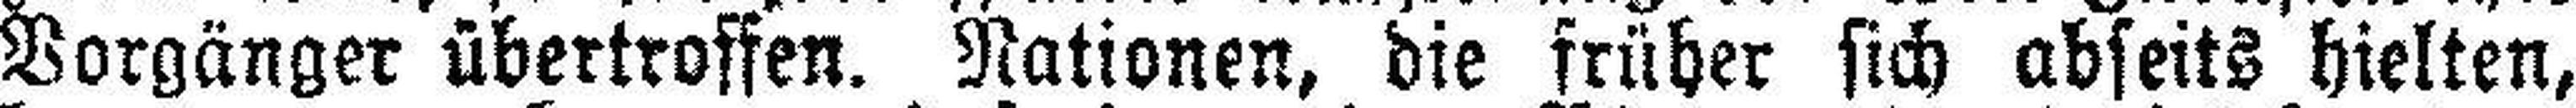
Vorgänger übertroffen. Nationen, die früher sich abseits hielten,